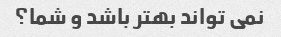
نمی تواند بهتر باشد و شما؟